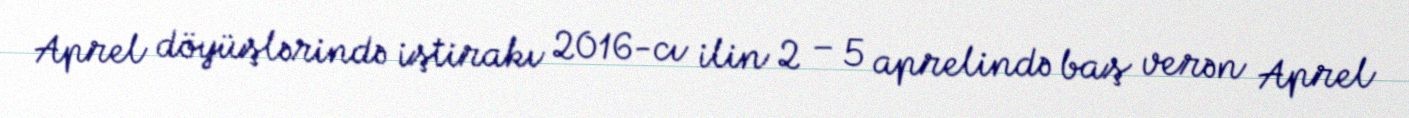
Aprel döyüşlərində iştirakı 2016-cı ilin 2 – 5 aprelində baş verən Aprel